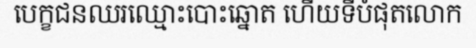
បេក្ខជនឈរឈ្មោះបោះឆ្នោត ហើយទីបំផុតលោក